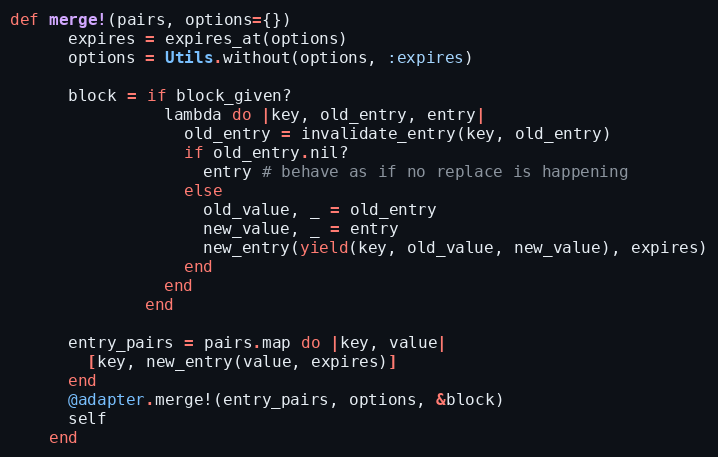
Language: Ruby
def merge!(pairs, options={})
      expires = expires_at(options)
      options = Utils.without(options, :expires)

      block = if block_given?
                lambda do |key, old_entry, entry|
                  old_entry = invalidate_entry(key, old_entry)
                  if old_entry.nil?
                    entry # behave as if no replace is happening
                  else
                    old_value, _ = old_entry
                    new_value, _ = entry
                    new_entry(yield(key, old_value, new_value), expires)
                  end
                end
              end

      entry_pairs = pairs.map do |key, value|
        [key, new_entry(value, expires)]
      end
      @adapter.merge!(entry_pairs, options, &block)
      self
    end